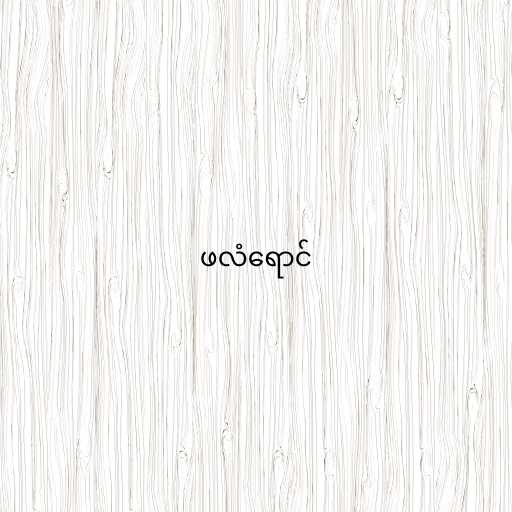
ဖလံရောင်